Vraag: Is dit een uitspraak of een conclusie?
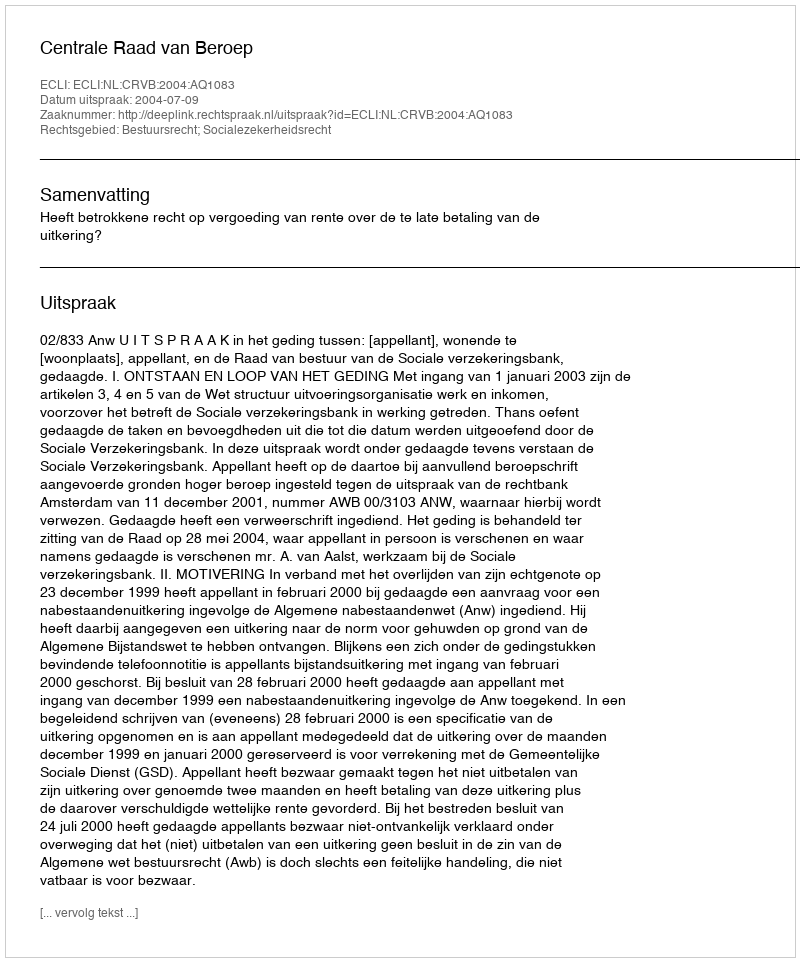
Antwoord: Uitspraak